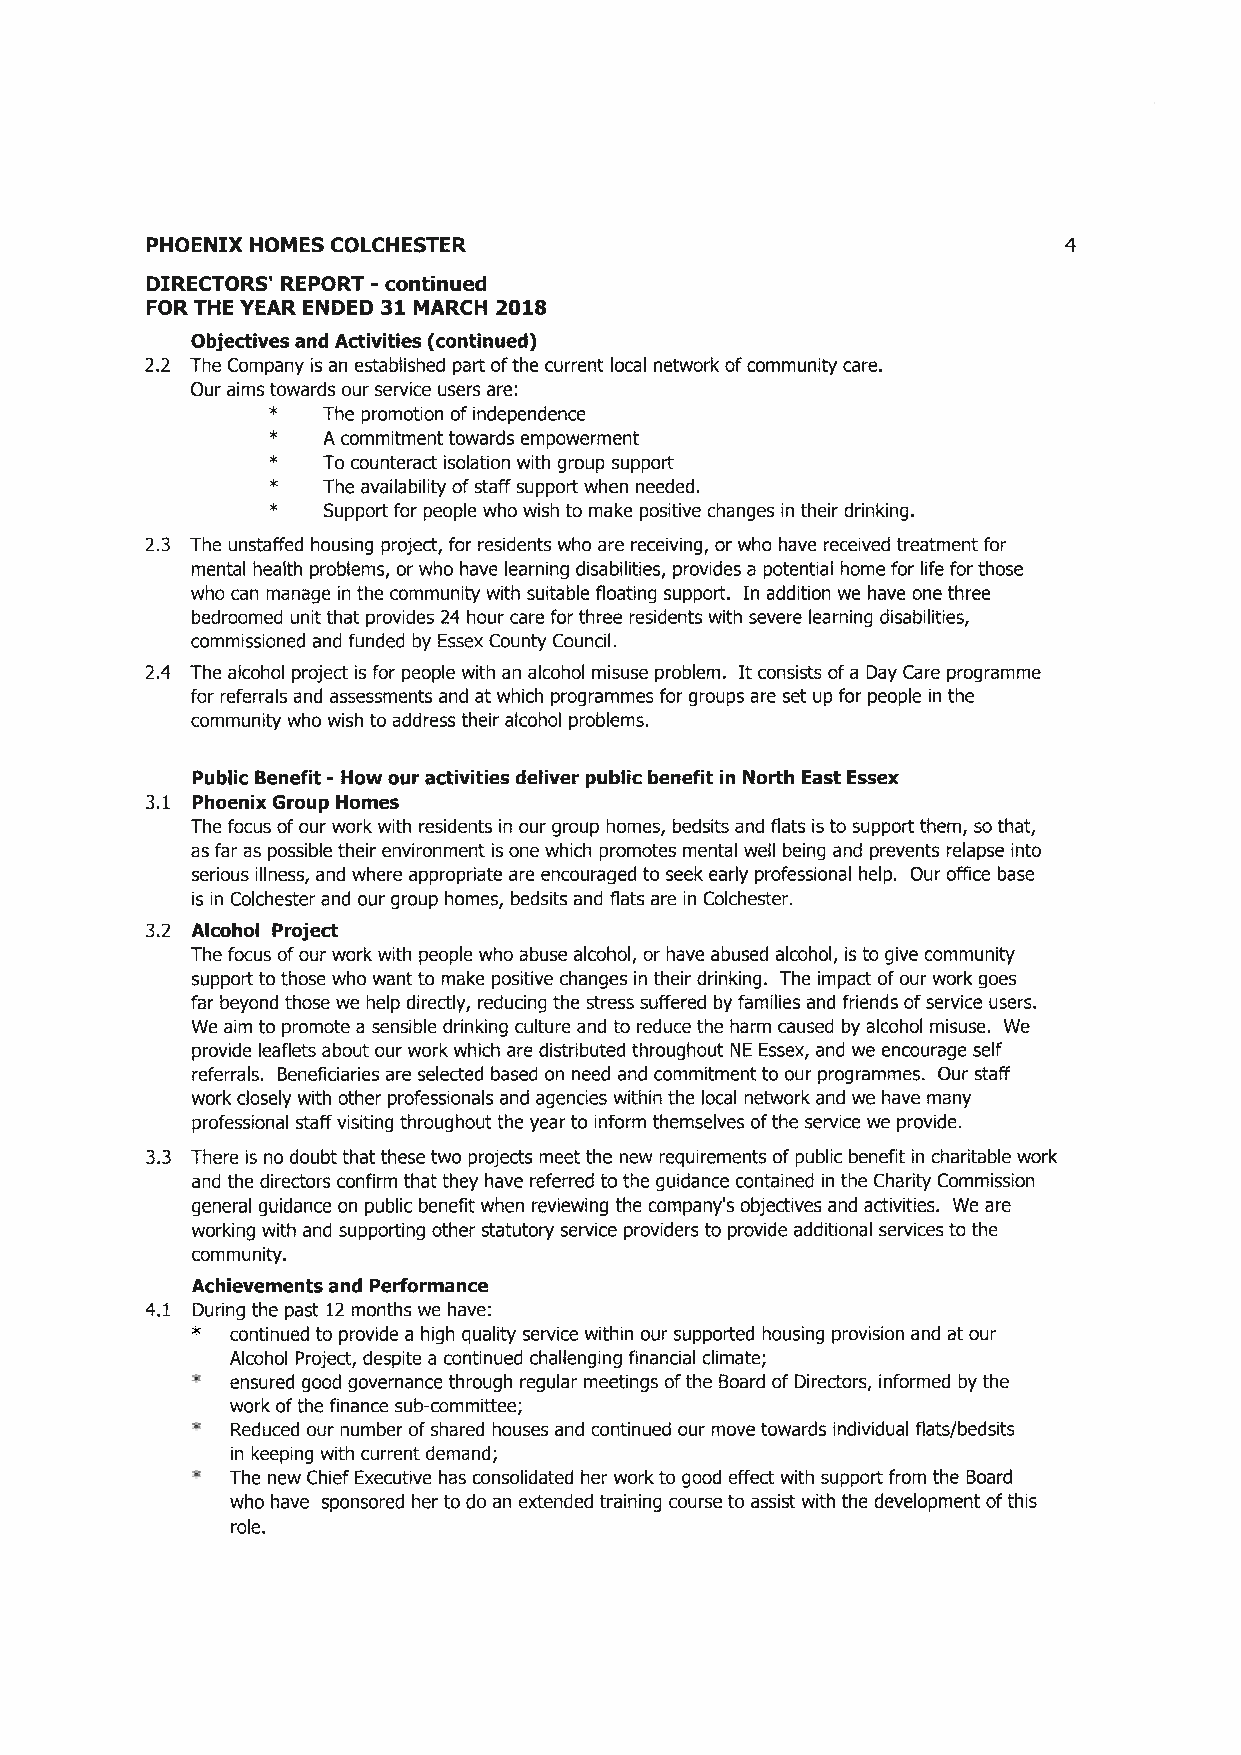
PHOENIX HOMES COLCHESTER                                    4
 DIRECTORS' REPORT -continued
 FOR THE YEAR ENDED 31 MARCH 2018
 Objectives and Activities (continued)
 2.2 The Company is an established part of the current local network of community care.
 Our aims towards our service users are:
 *  The promotion of independence
 *  A commitment towards empowerment
 *  To counteract isolation with group support
 *  The availability of staff support when needed.
 *  Support for people who wish to make positive changes in their drinking.
 2.3 The unstaffed housing project, for residents who are receiving, or who have received treatment for
 mental health problems, or who have learning disabilities, provides a potential home for life for those
 who can manage in the community with suitable floating support. In addition we have one three
 bedroomed unit that provides 24 hour care for three residents with severe learning disabilities,
 commissioned and funded by Essex County Council.
 2.4 The alcohol project is for people with an alcohol misuse problem. It consists of a Day Care programme
 for referrals and assessments and at which programmes for groups are set up for people in the
 community who wish to address their alcohol problems.
 Public Benefit -How our activities deliver public benefit in North East Essex
 3.1 Phoenix Group Homes
 The focus of our work with residents in our group homes, bedsits and flats is to support them, so that,
 as far as possible their environment is one which promotes mental well being and prevents relapse into
 serious illness, and where appropriate are encouraged to seek early professional help. Our office base
 is in Colchester and our group homes, bedsits and flats are in Colchester.
 3.2 Alcohol Project
 The focus of our work with people who abuse alcohol, or have abused alcohol, is to give community
 support to those who want to make positive changes in their drinking. The impact of our work goes
 far beyond those we help directly, reducing the stress suffered by families and friends of service users.
 We aim to promote a sensible drinking culture and to reduce the harm caused by alcohol misuse. We
 provide leaflets about our work which are distributed throughout NE Essex, and we encourage self
 referrals. Beneficiaries are selected based on need and commitment to our programmes. Our staff
 work closely with other professionals and agencies within the local network and we have many
 professional staff visiting throughout the year to inform themselves of the service we provide.
 3.3 There is no doubt that these two projects meet the new requirements of public benefit in charitable work
 and the directors confirm that they have referred to the guidance contained in the Charity Commission
 general guidance on public benefit when reviewing the company's objectives and activities. We are
 working with and supporting other statutory service providers to provide additional services to the
 community.
 Achievements and Performance
 4.1 During the past 1Z months we have:
 * continued to provide a high quality service within our supported housing provision and at our
 Alcohol Project, despite a continued challenging financial climate;
 * ensured good governance through regular meetings of the Board of Directors, informed by the
 work of the finance sub-committee;
 * Reduced our number of shared houses and continued our move towards individual flats/bedsits
 in keeping with current demand;
 * The new Chief Executive has consolidated her work to good effect with support from the Board
 who have sponsored her to do an extended training course to assist with the development of this
 role.